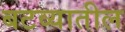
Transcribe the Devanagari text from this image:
बटव्यातील